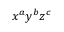
x ^ { a } y ^ { b } z ^ { c }